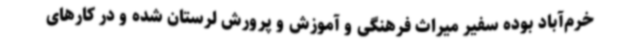
خرم‌آباد بوده سفیر میراث فرهنگی و آموزش و پرورش لرستان شده و در کارهای